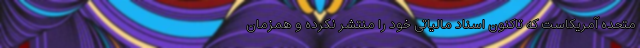
متحده آمریکاست که تاکنون اسناد مالیاتی خود را منتشر نکرده و همزمان